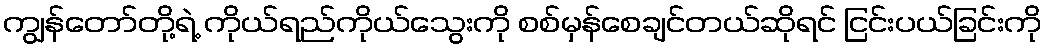
ကျွန်တော်တို့ရဲ့ ကိုယ်ရည်ကိုယ်သွေးကို စစ်မှန်စေချင်တယ်ဆိုရင် ငြင်းပယ်ခြင်းကို